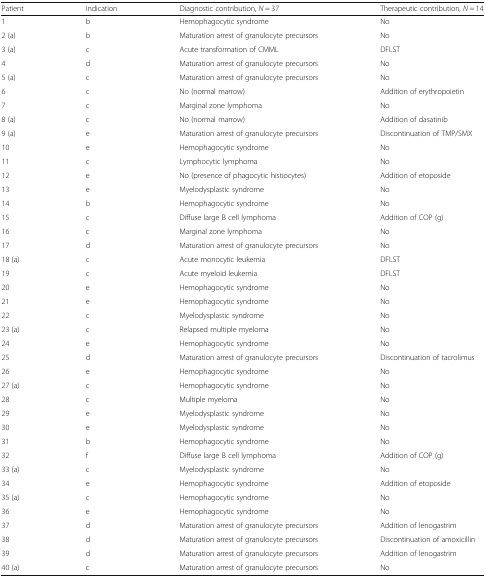
<table><thead><tr><td><b>Patient</b></td><td><b>Indication</b></td><td><b>Diagnostic contribution, <i>N</i> = 37</b></td><td><b>Therapeutic contribution, <i>N</i> = 14</b></td></tr></thead><tbody><tr><td>1</td><td>b</td><td>Hemophagocytic syndrome</td><td>No</td></tr><tr><td>2 (a)</td><td>b</td><td>Maturation arrest of granulocyte precursors</td><td>No</td></tr><tr><td>3 (a)</td><td>c</td><td>Acute transformation of CMML</td><td>DFLST</td></tr><tr><td>4</td><td>d</td><td>Maturation arrest of granulocyte precursors</td><td>No</td></tr><tr><td>5 (a)</td><td>c</td><td>Maturation arrest of granulocyte precursors</td><td>No</td></tr><tr><td>6</td><td>c</td><td>No (normal marrow)</td><td>Addition of erythropoietin</td></tr><tr><td>7</td><td>c</td><td>Marginal zone lymphoma</td><td>No</td></tr><tr><td>8 (a)</td><td>c</td><td>No (normal marrow)</td><td>Addition of dasatinib</td></tr><tr><td>9 (a)</td><td>e</td><td>Maturation arrest of granulocyte precursors</td><td>Discontinuation of TMP/SMX</td></tr><tr><td>10</td><td>e</td><td>Hemophagocytic syndrome</td><td>No</td></tr><tr><td>11</td><td>c</td><td>Lymphocytic lymphoma</td><td>No</td></tr><tr><td>12</td><td>e</td><td>No (presence of phagocytic histiocytes)</td><td>Addition of etoposide</td></tr><tr><td>13</td><td>e</td><td>Myelodysplastic syndrome</td><td>No</td></tr><tr><td>14</td><td>b</td><td>Hemophagocytic syndrome</td><td>No</td></tr><tr><td>15</td><td>c</td><td>Diffuse large B cell lymphoma</td><td>Addition of COP (g)</td></tr><tr><td>16</td><td>c</td><td>Marginal zone lymphoma</td><td>No</td></tr><tr><td>17</td><td>d</td><td>Maturation arrest of granulocyte precursors</td><td>No</td></tr><tr><td>18 (a)</td><td>c</td><td>Acute monocytic leukemia</td><td>DFLST</td></tr><tr><td>19</td><td>c</td><td>Acute myeloid leukemia</td><td>DFLST</td></tr><tr><td>20</td><td>e</td><td>Hemophagocytic syndrome</td><td>No</td></tr><tr><td>21</td><td>e</td><td>Hemophagocytic syndrome</td><td>No</td></tr><tr><td>22</td><td>c</td><td>Myelodysplastic syndrome</td><td>No</td></tr><tr><td>23 (a)</td><td>c</td><td>Relapsed multiple myeloma</td><td>No</td></tr><tr><td>24</td><td>e</td><td>Hemophagocytic syndrome</td><td>No</td></tr><tr><td>25</td><td>d</td><td>Maturation arrest of granulocyte precursors</td><td>Discontinuation of tacrolimus</td></tr><tr><td>26</td><td>e</td><td>Hemophagocytic syndrome</td><td>No</td></tr><tr><td>27 (a)</td><td>c</td><td>Hemophagocytic syndrome</td><td>No</td></tr><tr><td>28</td><td>c</td><td>Multiple myeloma</td><td>No</td></tr><tr><td>29</td><td>e</td><td>Myelodysplastic syndrome</td><td>No</td></tr><tr><td>30</td><td>e</td><td>Myelodysplastic syndrome</td><td>No</td></tr><tr><td>31</td><td>b</td><td>Hemophagocytic syndrome</td><td>No</td></tr><tr><td>32</td><td>f</td><td>Diffuse large B cell lymphoma</td><td>Addition of COP (g)</td></tr><tr><td>33 (a)</td><td>c</td><td>Myelodysplastic syndrome</td><td>No</td></tr><tr><td>34</td><td>e</td><td>Hemophagocytic syndrome</td><td>Addition of etoposide</td></tr><tr><td>35 (a)</td><td>c</td><td>Hemophagocytic syndrome</td><td>No</td></tr><tr><td>36</td><td>e</td><td>Hemophagocytic syndrome</td><td>No</td></tr><tr><td>37</td><td>d</td><td>Maturation arrest of granulocyte precursors</td><td>Addition of lenogastrim</td></tr><tr><td>38</td><td>d</td><td>Maturation arrest of granulocyte precursors</td><td>Discontinuation of amoxicillin</td></tr><tr><td>39</td><td>d</td><td>Maturation arrest of granulocyte precursors</td><td>Addition of lenogastrim</td></tr><tr><td>40 (a)</td><td>c</td><td>Maturation arrest of granulocyte precursors</td><td>No</td></tr></tbody></table>